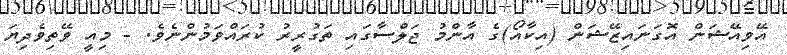
އޭވިއޭޝަން އޮގަނައިޒޭޝަން (އިކާއޯ)ގެ އާންމު ޖަލްސާގައި ތަގުރީރު ކުރައްވަމުންނެވެ. - މިއީ ވޭތިވެދިޔަ